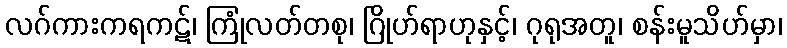
လဂ်ကားကရကဋ်၊ ကြုံလတ်တစု၊ ဂြိုဟ်ရာဟုနှင့်၊ ဂုရုအတူ၊ စန်းမူသိဟ်မှာ၊